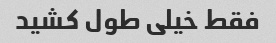
فقط خیلی طول کشید